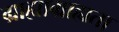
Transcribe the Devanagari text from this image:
ग्राह्याग्राह्यता